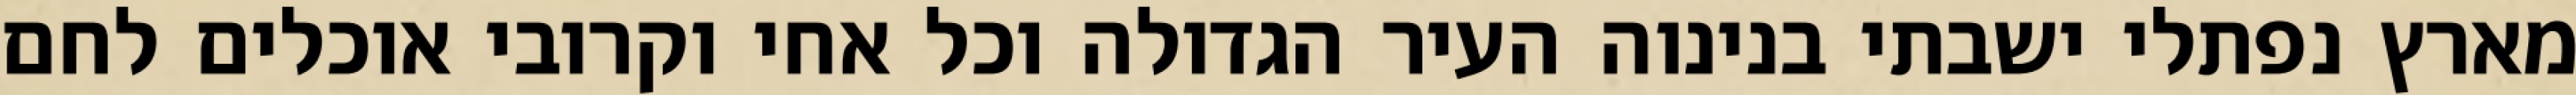
מארץ נפתלי ישבתי בנינוה העיר הגדולה וכל אחי וקרובי אוכלים לחם